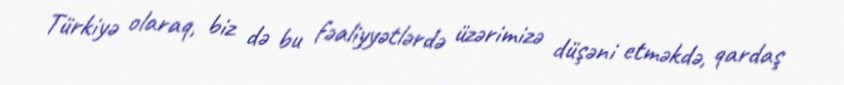
Türkiyə olaraq, biz də bu fəaliyyətlərdə üzərimizə düşəni etməkdə, qardaş